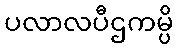
ပလာလပီဌကမ္ပိ